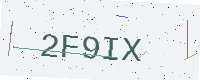
Text: 2F9IX